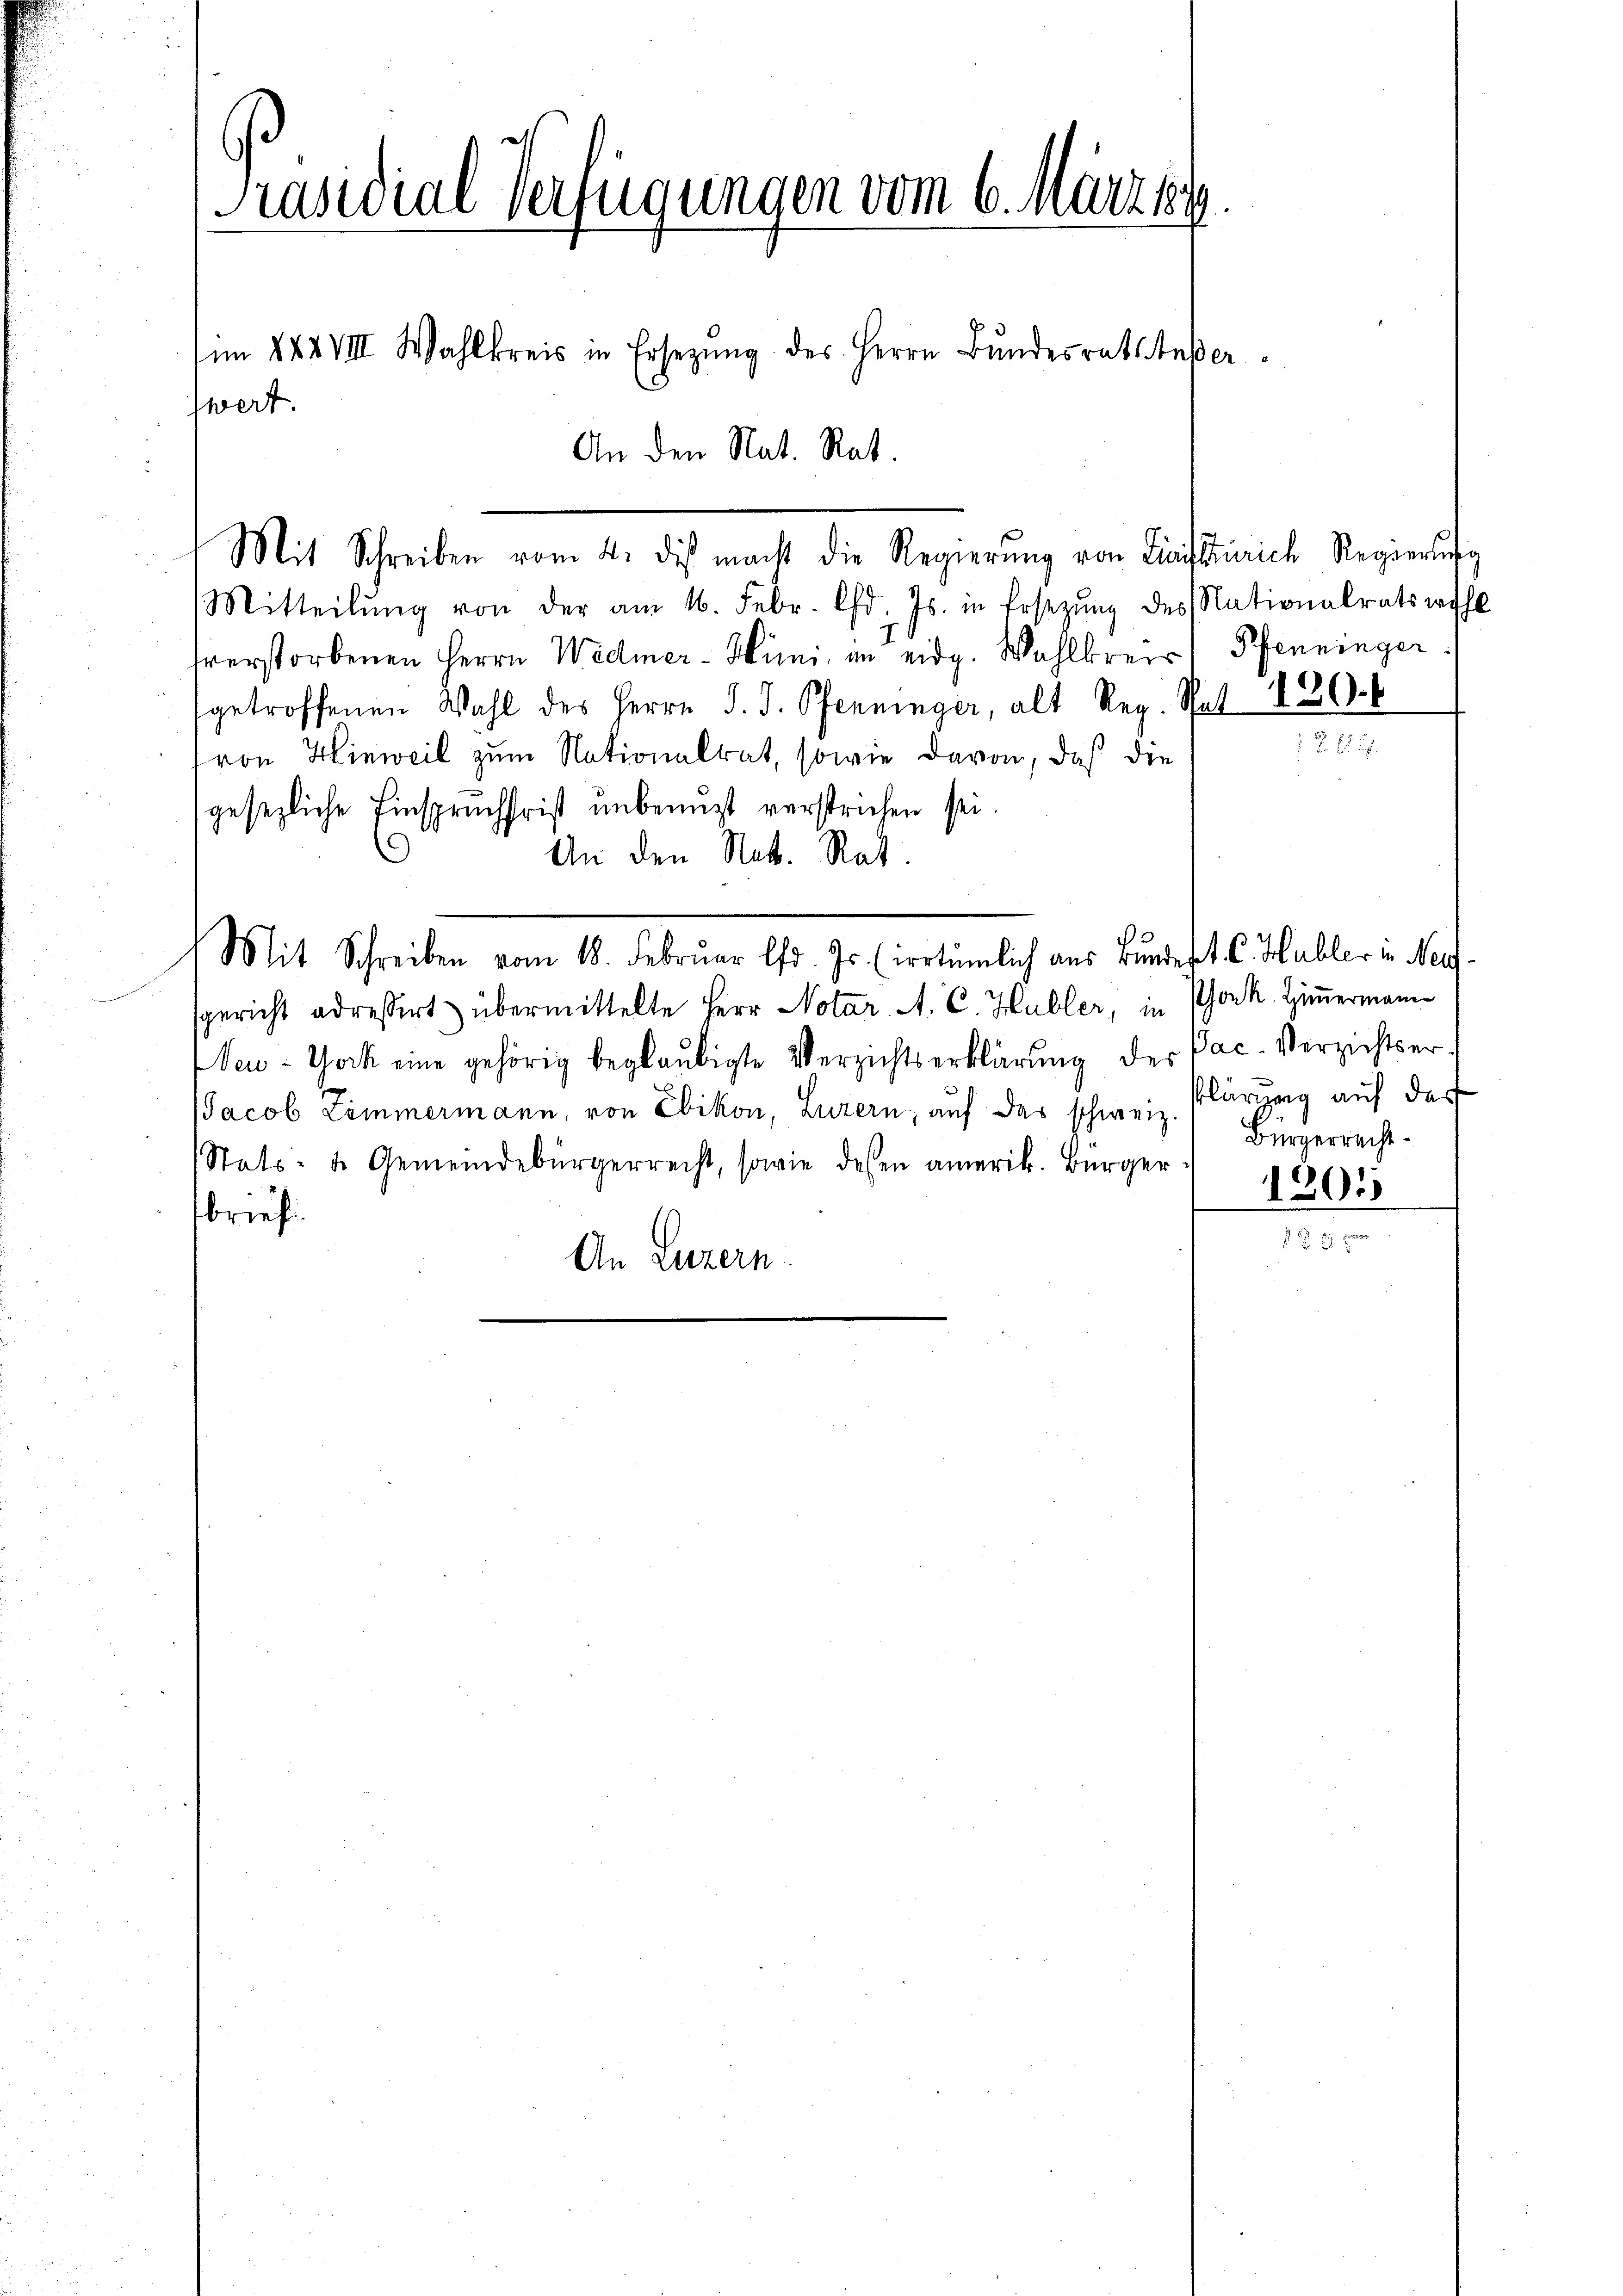
Präsidial-Verfügungen vom 6. März l.
¬
im XXXVIII. Wahlkreis in Ersetzŭng des Herrn Bŭndesrats beßer
swert.
An den Nat. Rat.

Mit Schreiben vom 4. des macht die Regierŭng von Liaiftzürich Regierŭng
Mitteilŭng von der am 16. Febr. d. Js. in Ersezŭng des Nationalratswahl
hverstorbenen Herrn Widmer-Hüni, an eidg. Wahlkreis! Pfenninger
getroffenen Wahl des Herrn J. J. Pfenninger, alt Reg. Spat 226.
ron Hinweil zum Nationalrat, sowie davon, daß die
gesezliche Einspruchfrist unbenuzt verstrichen sei.
An den Nok. Rat.
Mit Schreiben vom 18. Februar lfd. Js. (irrtümlich aus Bundert. C. Habler in Neff
sgericht adressiert übermittelte Herr Notar. A. C. Hubler, in Phock, Zimmerman¬
New-York eine gehörig beglaubigte Verzichtserklärung der Pac. Verzichtser-
1
JJacob Zimmermann, von Ebikon, Luzern, auf das schweiz. Plärzug auf der
Stats- u. Gemeindebürgerrecht, sowie dessen amerik. Bürger
brief
An Luzern.

2

Bürgerrecht.

1201